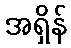
အရှိန်